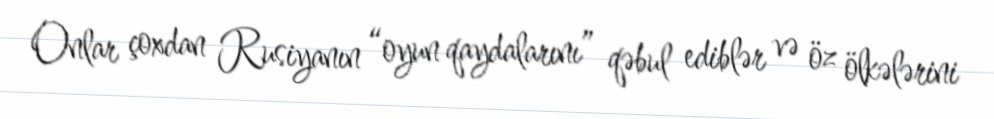
Onlar çoxdan Rusiyanın “oyun qaydalarını” qəbul ediblər və öz ölkələrini